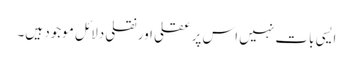
ایسی بات نہیں اس پر عقلی اور نقلی دلائل موجود ہیں۔